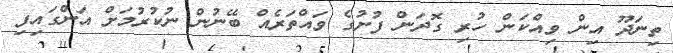
ތިނަދޫ އިން ވިއްކަން ހުރި ގޮދަން ފުށުގެ ވައްތަރެއް ބޭނުން ނުކުރުމަށް އަންގައިފި